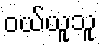
ဝယ်ယူသူ